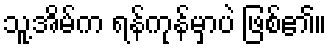
သူ့အိမ်က ရန်ကုန်မှာပဲ ဖြစ်၏။